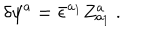
LaTeX: \delta \psi ^ { a } = { \bar { \epsilon } } ^ { a _ { 1 } } Z _ { a _ { 1 } } ^ { a } \ .